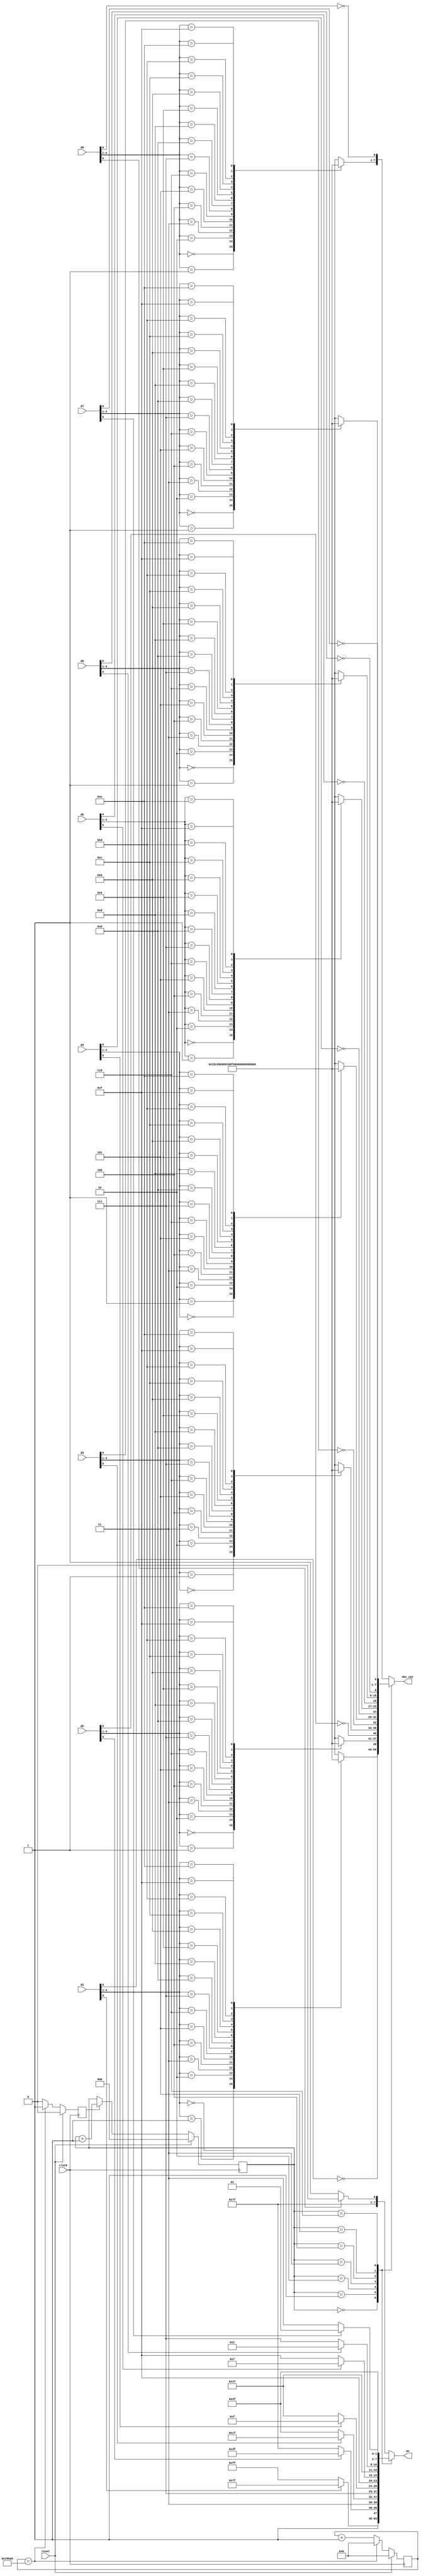
module dspl_drv_NexysA7(
    input reset,
    input clock,
    input [5:0] d1,
    input [5:0] d2,
    input [5:0] d3,
    input [5:0] d4,
    input [5:0] d5,
    input [5:0] d6,
    input [5:0] d7,
    input [5:0] d8,
    output [7:0] dec_cat,
    output [7:0] an
    );    
    
    // seleciona o display a ser mostrado
    reg [2:0] selected;
    always @(posedge clock) begin
        if(reset) begin
            selected <= 3'd0;
        end
        else begin
            if(timer1ms) begin
                selected <= selected + 3'd1;
            end
        end
    end

    reg [7:0] cathode;
    always @* begin
        case(selected)
            3'b000:  cathode = {segments[d1[4:1]], ~d1[0]};
            3'b001:  cathode = {segments[d2[4:1]], ~d2[0]};
            3'b010:  cathode = {segments[d3[4:1]], ~d3[0]};
            3'b011:  cathode = {segments[d4[4:1]], ~d4[0]};
            3'b100:  cathode = {segments[d5[4:1]], ~d5[0]};
            3'b101:  cathode = {segments[d6[4:1]], ~d6[0]};
            3'b110:  cathode = {segments[d7[4:1]], ~d7[0]};
            default: cathode = {segments[d8[4:1]], ~d8[0]}; //3'b111: 
        endcase
    end

    reg [7:0] anode;
    always @* begin
        case(selected)
            3'b000:  anode = (d1[5] == 1'b1) ? 8'b0111_1111 : 8'b1111_1111; 
            3'b001:  anode = (d2[5] == 1'b1) ? 8'b1011_1111 : 8'b1111_1111;
            3'b010:  anode = (d3[5] == 1'b1) ? 8'b1101_1111 : 8'b1111_1111;
            3'b011:  anode = (d4[5] == 1'b1) ? 8'b1110_1111 : 8'b1111_1111;
            3'b100:  anode = (d5[5] == 1'b1) ? 8'b1111_0111 : 8'b1111_1111;
            3'b101:  anode = (d6[5] == 1'b1) ? 8'b1111_1011 : 8'b1111_1111;
            3'b110:  anode = (d7[5] == 1'b1) ? 8'b1111_1101 : 8'b1111_1111;
            default: anode = (d8[5] == 1'b1) ? 8'b1111_1110 : 8'b1111_1111; //3'b111: 
        endcase
    end

    // possiveis valores a serem desenhados nos displays
    wire [6:0] segments [15:0];
    assign segments[0] = 7'b0000001;
    assign segments[1] = 7'b1001111;
    assign segments[2] = 7'b0010010;
    assign segments[3] = 7'b0000110;
    assign segments[4] = 7'b1001100;
    assign segments[5] = 7'b0100100;
    assign segments[6] = 7'b0100000;
    assign segments[7] = 7'b0001111;
    assign segments[8] = 7'b0000000;
    assign segments[9] = 7'b0000100;
    assign segments[10] = 7'b0001000;
    assign segments[11] = 7'b1100000;
    assign segments[12] = 7'b0110001;
    assign segments[13] = 7'b1000010;
    assign segments[14] = 7'b0110000;
    assign segments[15] = 7'b0111000;

    // passagem do tempo
    reg timer1ms;
    reg [16:0] counter;
    
    always @(posedge clock) begin
        if(reset) begin
            timer1ms <=  1'b0;
            counter  <= 17'd0;
        end
        else begin
            if(counter == 17'd100_000) begin
                timer1ms <= 1'b1;
                counter <= 17'd0;
            end
            else begin
                timer1ms <= 1'b0;
                counter <= counter + 17'd1;
            end
        end
    end

    assign an = anode;
    assign dec_cat = cathode;
    
endmodule